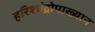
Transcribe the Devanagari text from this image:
हरिश्चंद्रोपाख्यान